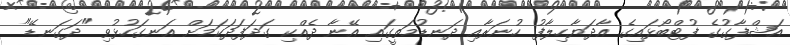
އަޝްފާގުގެ ފުޓްބޯޅައިގެ އާދަޔާހިލާފު ހުނަރާއި ދަނޑުމަތީގައި އޭނާ ދެއްކި ގަދަފަދަކަމަށް އަނގަހުޅުވި "ދަގަނޑޭ"